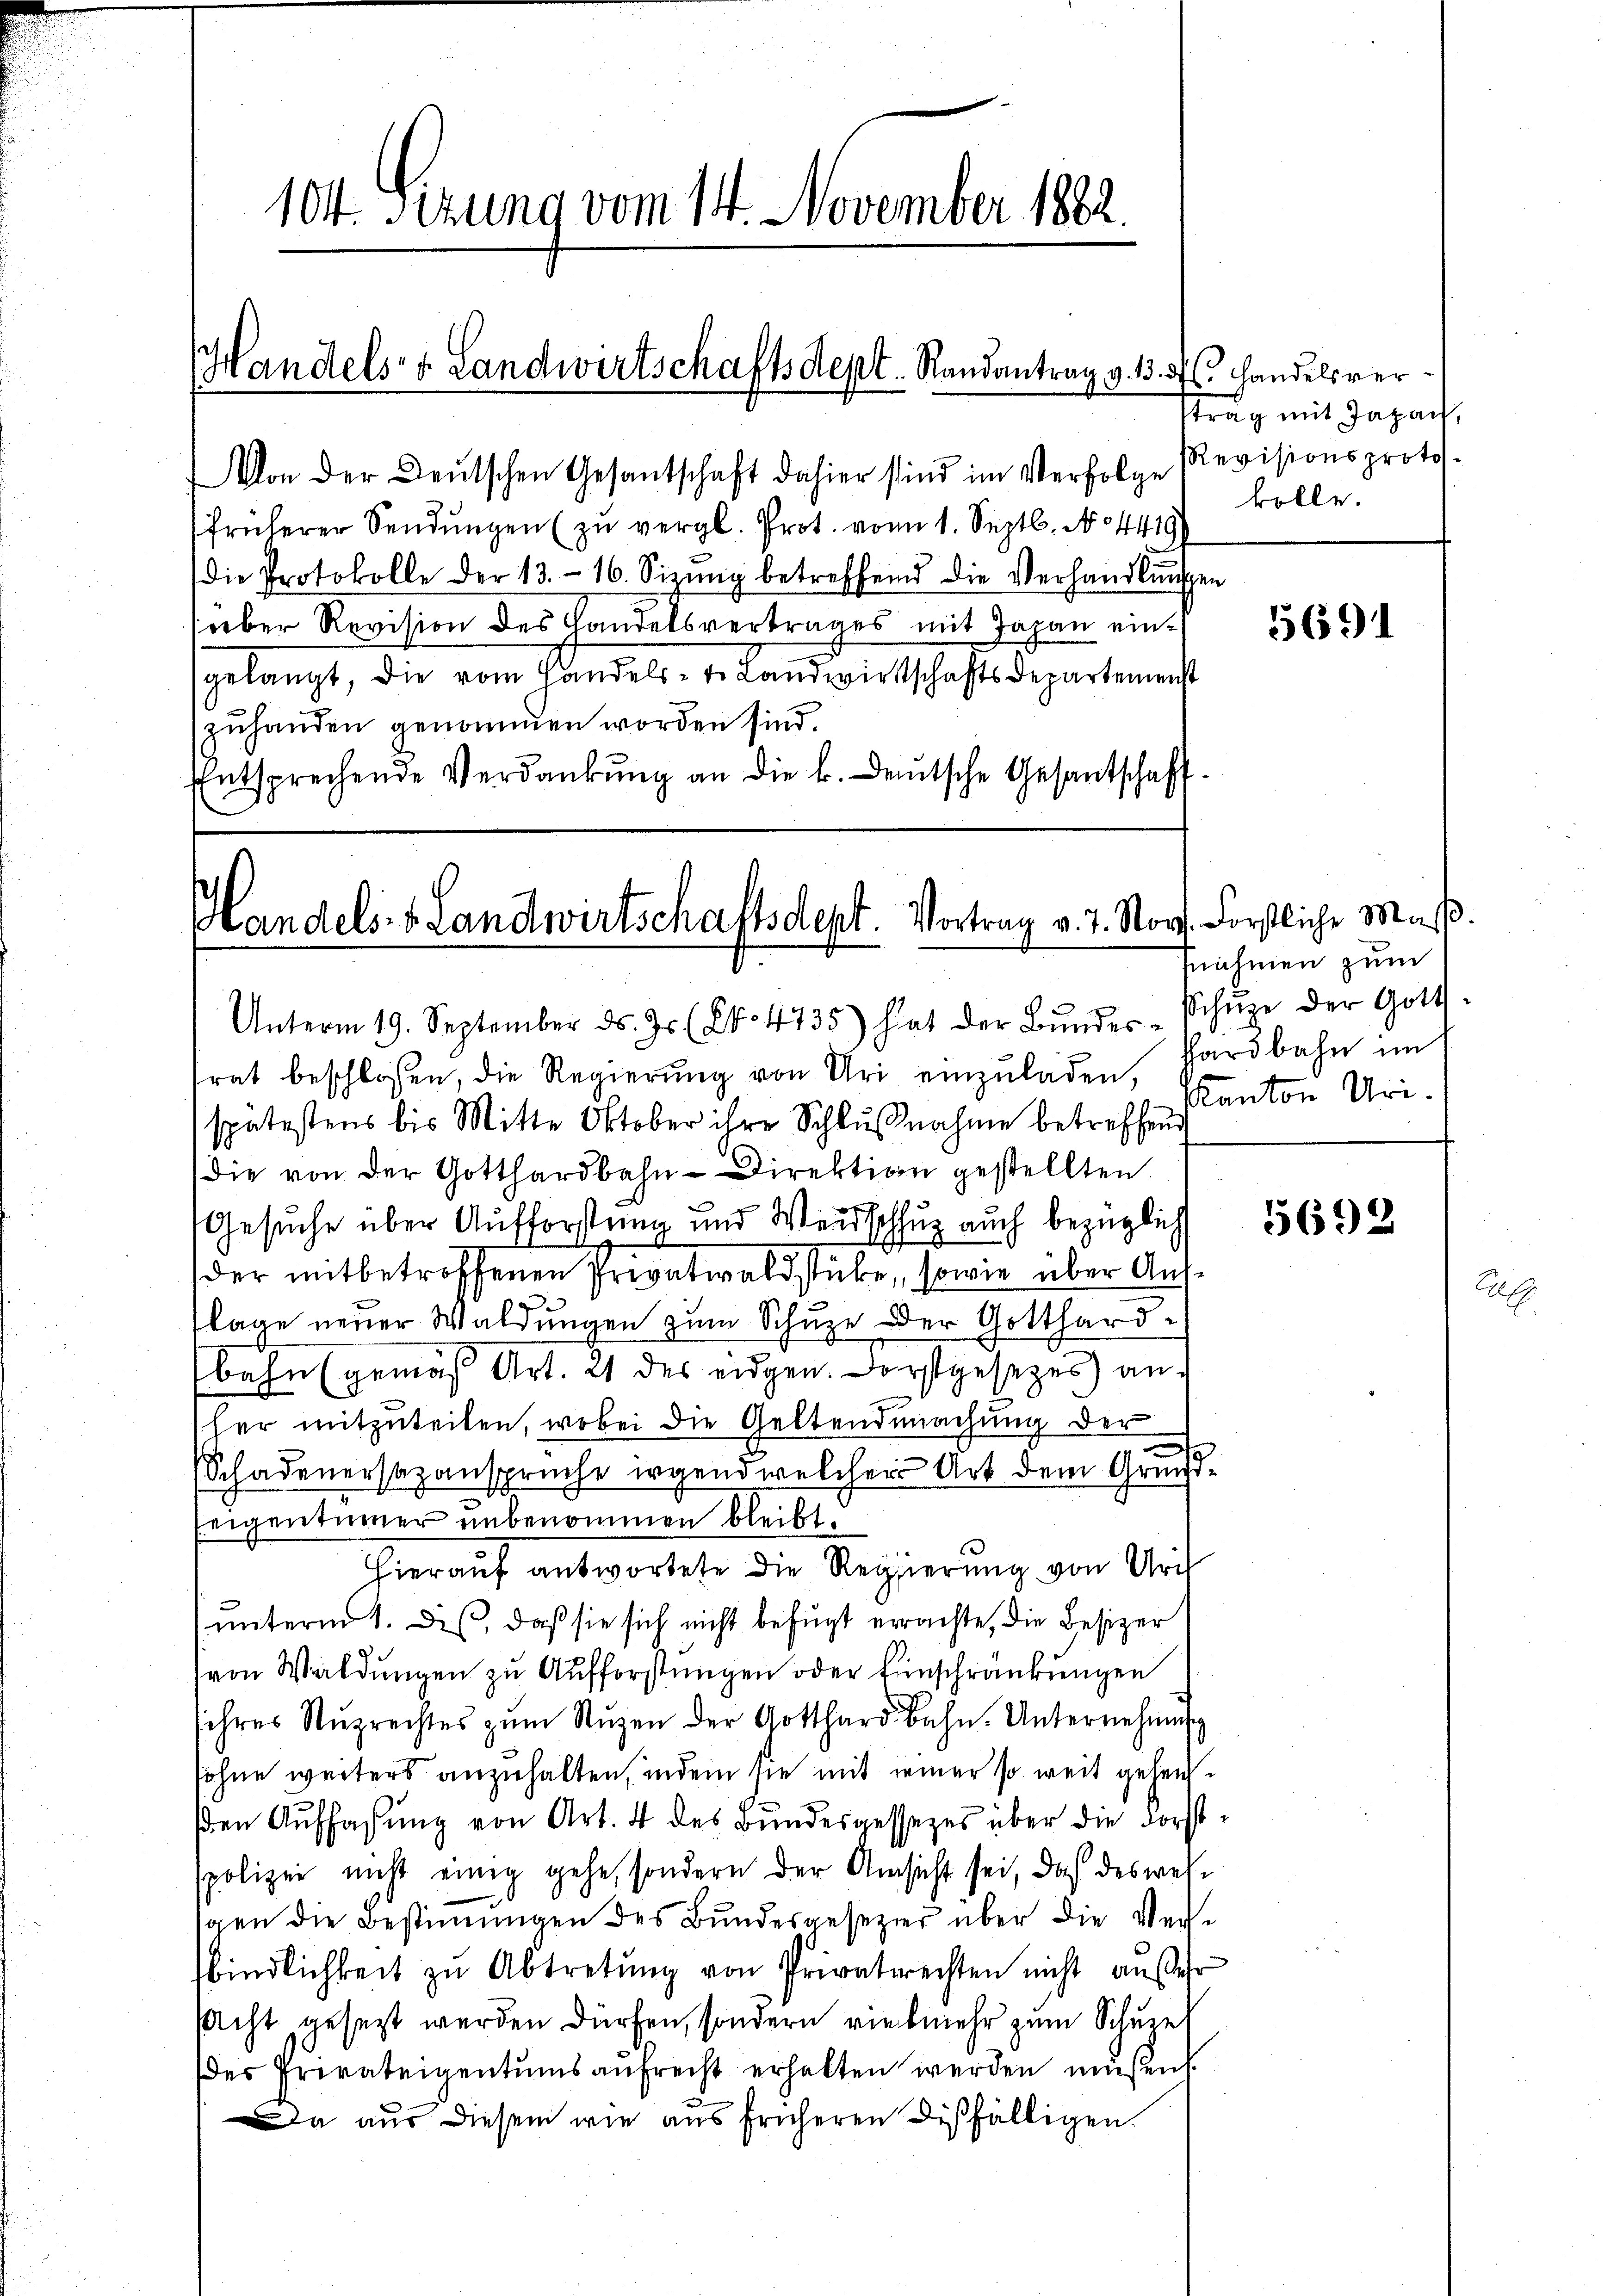
104. Sezung vom 14. November 1882.

Handels- & Landwirtschafts Sept. Randantrag v. 1

Von der Deutschen Gesantschaft dahier sind im Verfolge Revisionsproto-
früherer Sendŭngen (zu vergl. Prot. vom 1. Septb. No. 4419
die Protokolle der 13. 16. Sizŭng betreffend die Verhandlŭnge
süber Revision des Handelsvertrages mit Japan eingelangt, die vom Handels- u. Landwirtschaftsdepartemenst
zuhanden genommen worden sind.
Entsprechende Verdankŭng an die k. Deutsche Gesantschaff¬

Handels- u. Landwirtschaftsdept. Vortrag v. 7. Nov. Forstliche Maß¬

frat beschlossen, die Regierŭng von Uri einzŭladen, hardbahn im
spätestens bis Mitte Oktober ihre Schlŭβnahme betreffend
die von der Gotthardbahn-Direktion gestellten.
Gesuche über Aufforstung und Weidschuz auch bezüglich
der mitbetroffenen Privatwaldstube, sowie über Auf¬
3
lage neuer Waldungen zum Schuze der Gotthardbahn (gemäß Art. 21 des eidgen. Forstgesezes) anher mitzuteilen, wobei die Geltendmachung der
Schadenersezansprüche irgend welcher Art dem Grundeigentümer unbenommen bleibt.
hierauf antwortete die Regierung von Urch
(unterm 1. Des, daß sie sich nicht befugt errachte, die Besizer
von Waldungen zu Aufforstungen oder Einschränkungen
sihres Nŭzrechtes zŭm Nŭtzen der Gotthard Bahn. Unternehmung
sohne weiters anzuhalten, indem sie mit seiner so weit geheuchen Auffassung von Art. 4 des Bundesgessezes über die Forstspolizei nicht einig gehe, sondern der Ansicht sei, daß des welgen die Bestimmigen des Bundesgesezter über die Verse
bindlichkeit zu Abtretung von Privatrechten nicht außer
scht gesezt werden dürfen, sondern vielmehr zum Schuzel
des Privateigentumsaufrecht erhalten werden müßen.
Da aus diesem wie aus früheren dißfälligen.

Unterm 19. September ds. Js. (Nr. 4735) hat der Bŭndes-Schŭze der Gott-

d. Handelsvertrag mit Japan,
kolle.

5691

nahmen zum
Kanton Uri.

5692